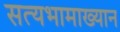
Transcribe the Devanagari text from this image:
सत्यभामाख्यान